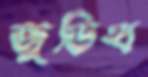
জুডিথ